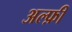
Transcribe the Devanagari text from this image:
अल्फ़ी